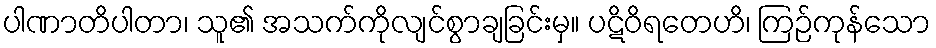
ပါဏာတိပါတာ၊ သူ၏ အသက်ကိုလျင်စွာချခြင်းမှ။ ပဋိဝိရတေဟိ၊ ကြဉ်ကုန်သော